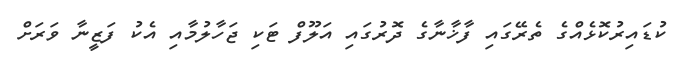
ކުޑައިރުކޮޅެއްގެ ތެރޭގައި ފާޚާނާގެ ދޮރުގައި އަލޫފް ޓަކި ޖަހާލުމާއި އެކު ފަޒީނާ ވަރަށް